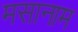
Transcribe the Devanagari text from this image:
मसानाम